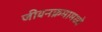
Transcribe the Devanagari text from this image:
जीवनक्रमामध्ये